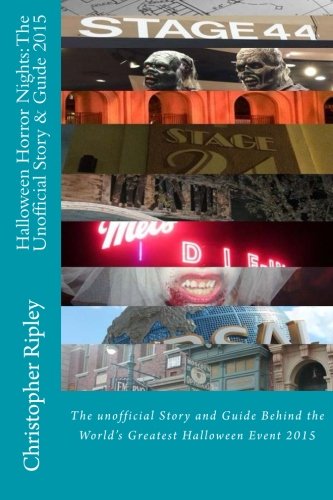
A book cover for Halloween Horror Nights: The Unofficial Story & Guide (2015): The Unofficial Story and Guide Behind the World's Greatest Halloween Event; Christopher Ripley; Travel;